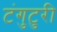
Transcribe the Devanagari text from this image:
टंगुटुरी